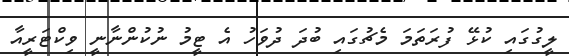
ލީގުގައި ކުޅޭ ފުރަތަމަ މެޗުގައި ބުދަ ދުވަހު އެ ޓީމު ނުކުންނާނީ ވިކްޓަރީއާ